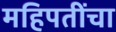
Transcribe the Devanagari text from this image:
महिपतींचा